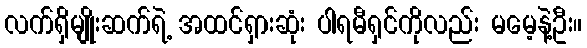
လက်ရှိမျိုးဆက်ရဲ့ အထင်ရှားဆုံး ပါရမီရှင်ကိုလည်း မမေ့နဲ့ဦး။